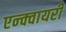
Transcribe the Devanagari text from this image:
एन्क्वायरी